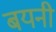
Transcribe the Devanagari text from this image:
बयनी